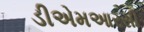
ડીએમઆરસી